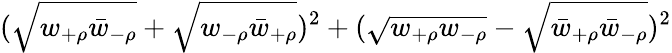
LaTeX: (\sqrt{w_{+\rho}\bar{w}_{-\rho}}+\sqrt{w_{-\rho}\bar{w}_{+\rho}})^{2}+(\sqrt{w_{+\rho}w_{-\rho}}-\sqrt{\bar{w}_{+\rho}\bar{w}_{-\rho}})^{2}